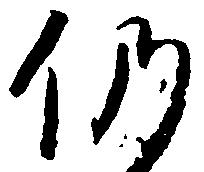
仍